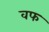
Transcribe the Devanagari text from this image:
वफ